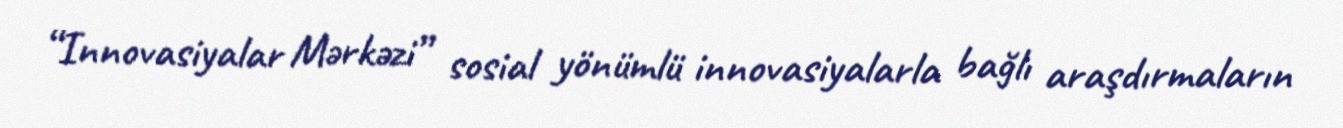
“Innovasiyalar Mərkəzi” sosial yönümlü innovasiyalarla bağlı araşdırmaların